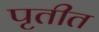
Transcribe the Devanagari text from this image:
पृतीत